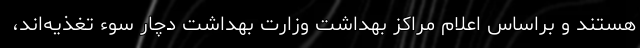
هستند و براساس اعلام مراکز بهداشت وزارت بهداشت دچار سوء تغذیه‌اند،